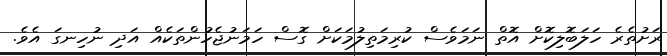
ރަށުތެރެ ހަލަބޮލިކޮށް އޮތް ނަމަވެސް ކުރިމަތިލުމަކަށް ގޮސް ހަމަނުޖެހުންތަކެއް އަދި ނުހިނގަ އެވެ.